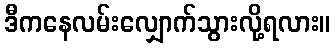
ဒီကနေလမ်းလျှောက်သွားလို့ရလား။